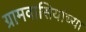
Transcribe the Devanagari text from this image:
ग्रामवासियांच्या